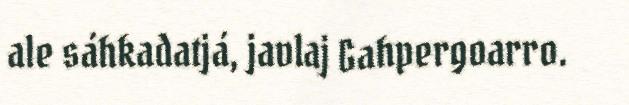
ale sáhkadatjá, javlaj Gahpergoarro.